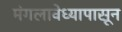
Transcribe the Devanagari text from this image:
मंगलावेध्यापासून